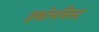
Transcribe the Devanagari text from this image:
इकोनमिस्ट